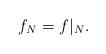
LaTeX: \begin{align*}f_{N}=f|_{N}.\end{align*}